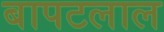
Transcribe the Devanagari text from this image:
बापटलाल